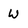
Character: W